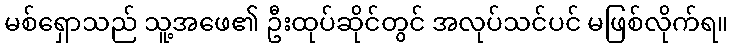
မစ်ရှောသည် သူ့အဖေ၏ ဦးထုပ်ဆိုင်တွင် အလုပ်သင်ပင် မဖြစ်လိုက်ရ။